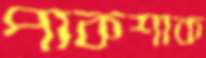
পাকশাক